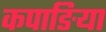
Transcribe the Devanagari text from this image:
कपाङिया